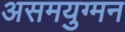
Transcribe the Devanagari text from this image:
असमयुग्मन